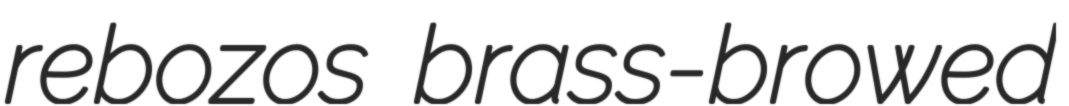
rebozos brass-browed